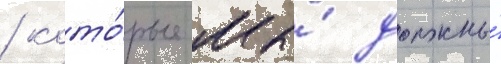
/ кото́рые мы́ должны́